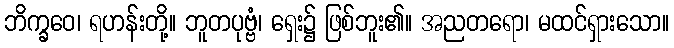
ဘိက္ခဝေ၊ ရဟန်းတို့။ ဘူတပုဗ္ဗံ၊ ရှေး၌ ဖြစ်ဘူး၏။ အညတရော၊ မထင်ရှားသော။